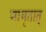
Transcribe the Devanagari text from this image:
मामृतात्‌